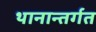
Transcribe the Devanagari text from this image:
थानान्तर्गत